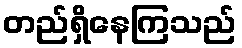
တည်ရှိနေကြသည်